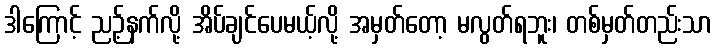
ဒါကြောင့် ညဉ့်နက်လို့ အိပ်ချင်ပေမယ့်လို့ အမှတ်တော့ မလွတ်ရဘူး၊ တစ်မှတ်တည်းသာ